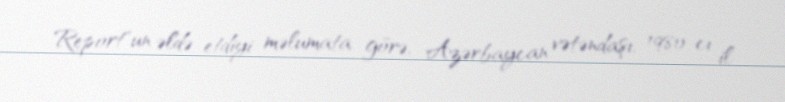
Report"un əldə etdiyi məlumata görə, Azərbaycan vətəndaşı, 1980-cı il